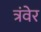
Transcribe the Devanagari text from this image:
त्रंवेर